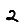
Digit: 2